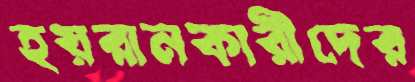
হয়রানকারীদের